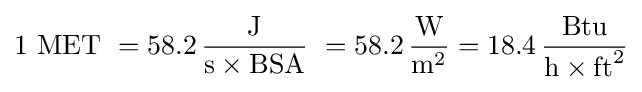
{\text{1 MET}}\ =58.2\,{\frac {\text{J}}{{\text{s}}\times {\text{BSA}}}}\ =58.2\,{\frac {\text{W}}{{\text{m}}^{2}}}=18.4\,{\frac {\text{Btu}}{{\text{h}}\times {\text{ft}}^{2}}}